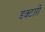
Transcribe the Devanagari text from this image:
डक्टारी